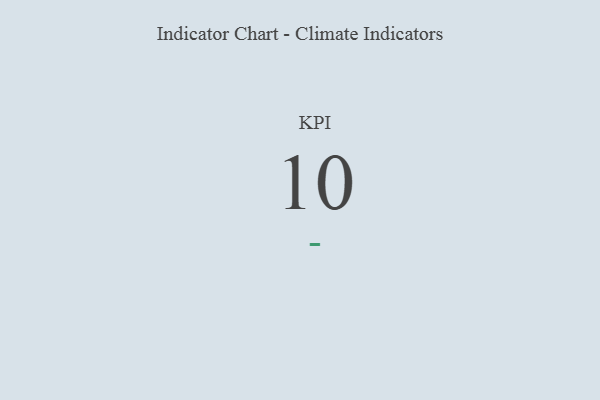
{"axis": {"x": "KPI", "y": "Value"}, "legend": [""], "data": [{"x": "KPI", "y": 10, "type": ""}]}